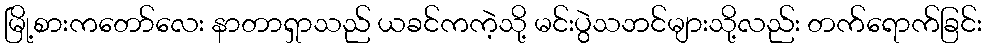
မြို့စားကတော်လေး နာတာရှာသည် ယခင်ကကဲ့သို့ မင်းပွဲသဘင်များသို့လည်း တက်ရောက်ခြင်း